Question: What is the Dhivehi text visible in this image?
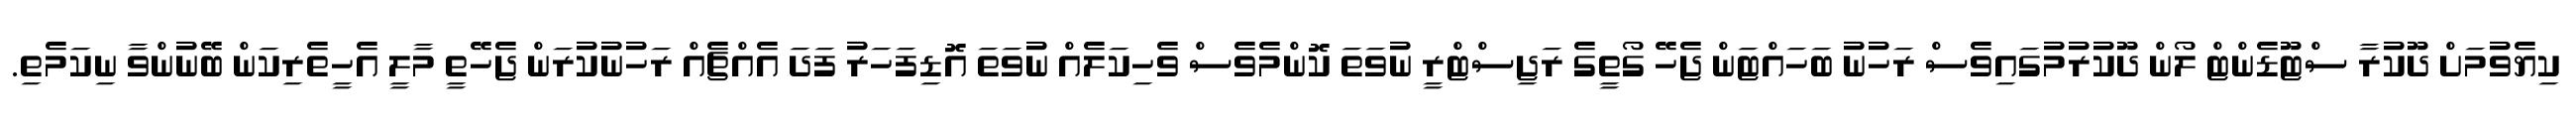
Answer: ކިޔެވުމަށް ދޫކުރާ ސްޓޫޑެންޓް ލޯން ދޫކުރުމުގައިވެސް ރަހުނު ބަހައްޓަން ޖެހޭ ގޯތީގެ ރަޖިސްޓްރީ ނުވަތަ ކޮންމެވެސް ވެހިކަލެއް ނުވަތަ އޮޑިފަހަރު ފަދަ އެއްޗެއް ރަހުނުކުރަން ޖެހޭތީ މާލީ އެހީތެރިކަން ބޭނުންވާ ނިކަމެތި.